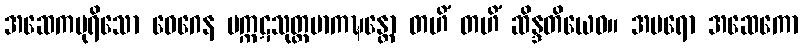
အဆေကပုရိသော ဝေဂေန မက္ကဋသုတ္တမာကဍ္ဎန္တော တဟိံ တဟိံ ဆိန္ဒတိယေဝ။ အပရော အဆေကော